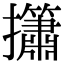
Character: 𢹱